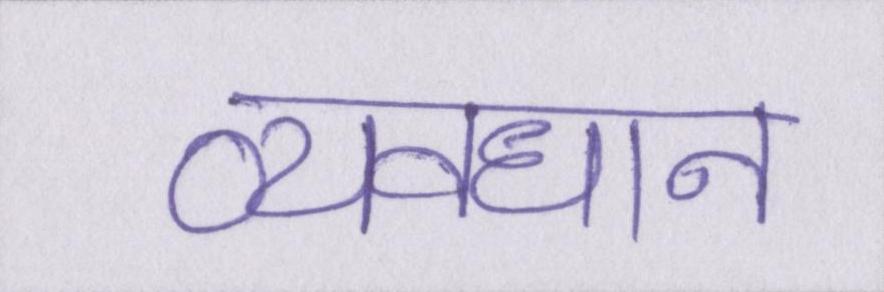
व्यवधान